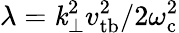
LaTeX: \lambda=\mathit{k}_{\perp}^{2}v_{\mathrm{{tb}}}^{2}/2\omega_{\mathrm{{c}}}^{2}